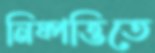
নিষ্পত্তিতে